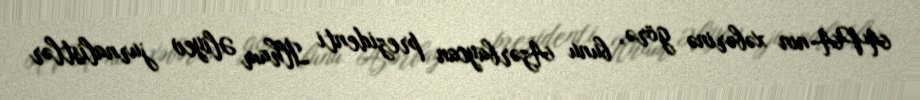
APA-nın xəbərinə görə, bunu Azərbaycan prezidenti İlham Əliyev jurnalistlər